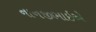
નાનજીભાઇએ